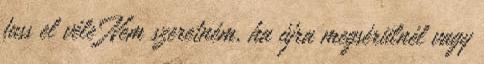
fuss el véle Nem szeretném, ha újra megsérülnél vagy